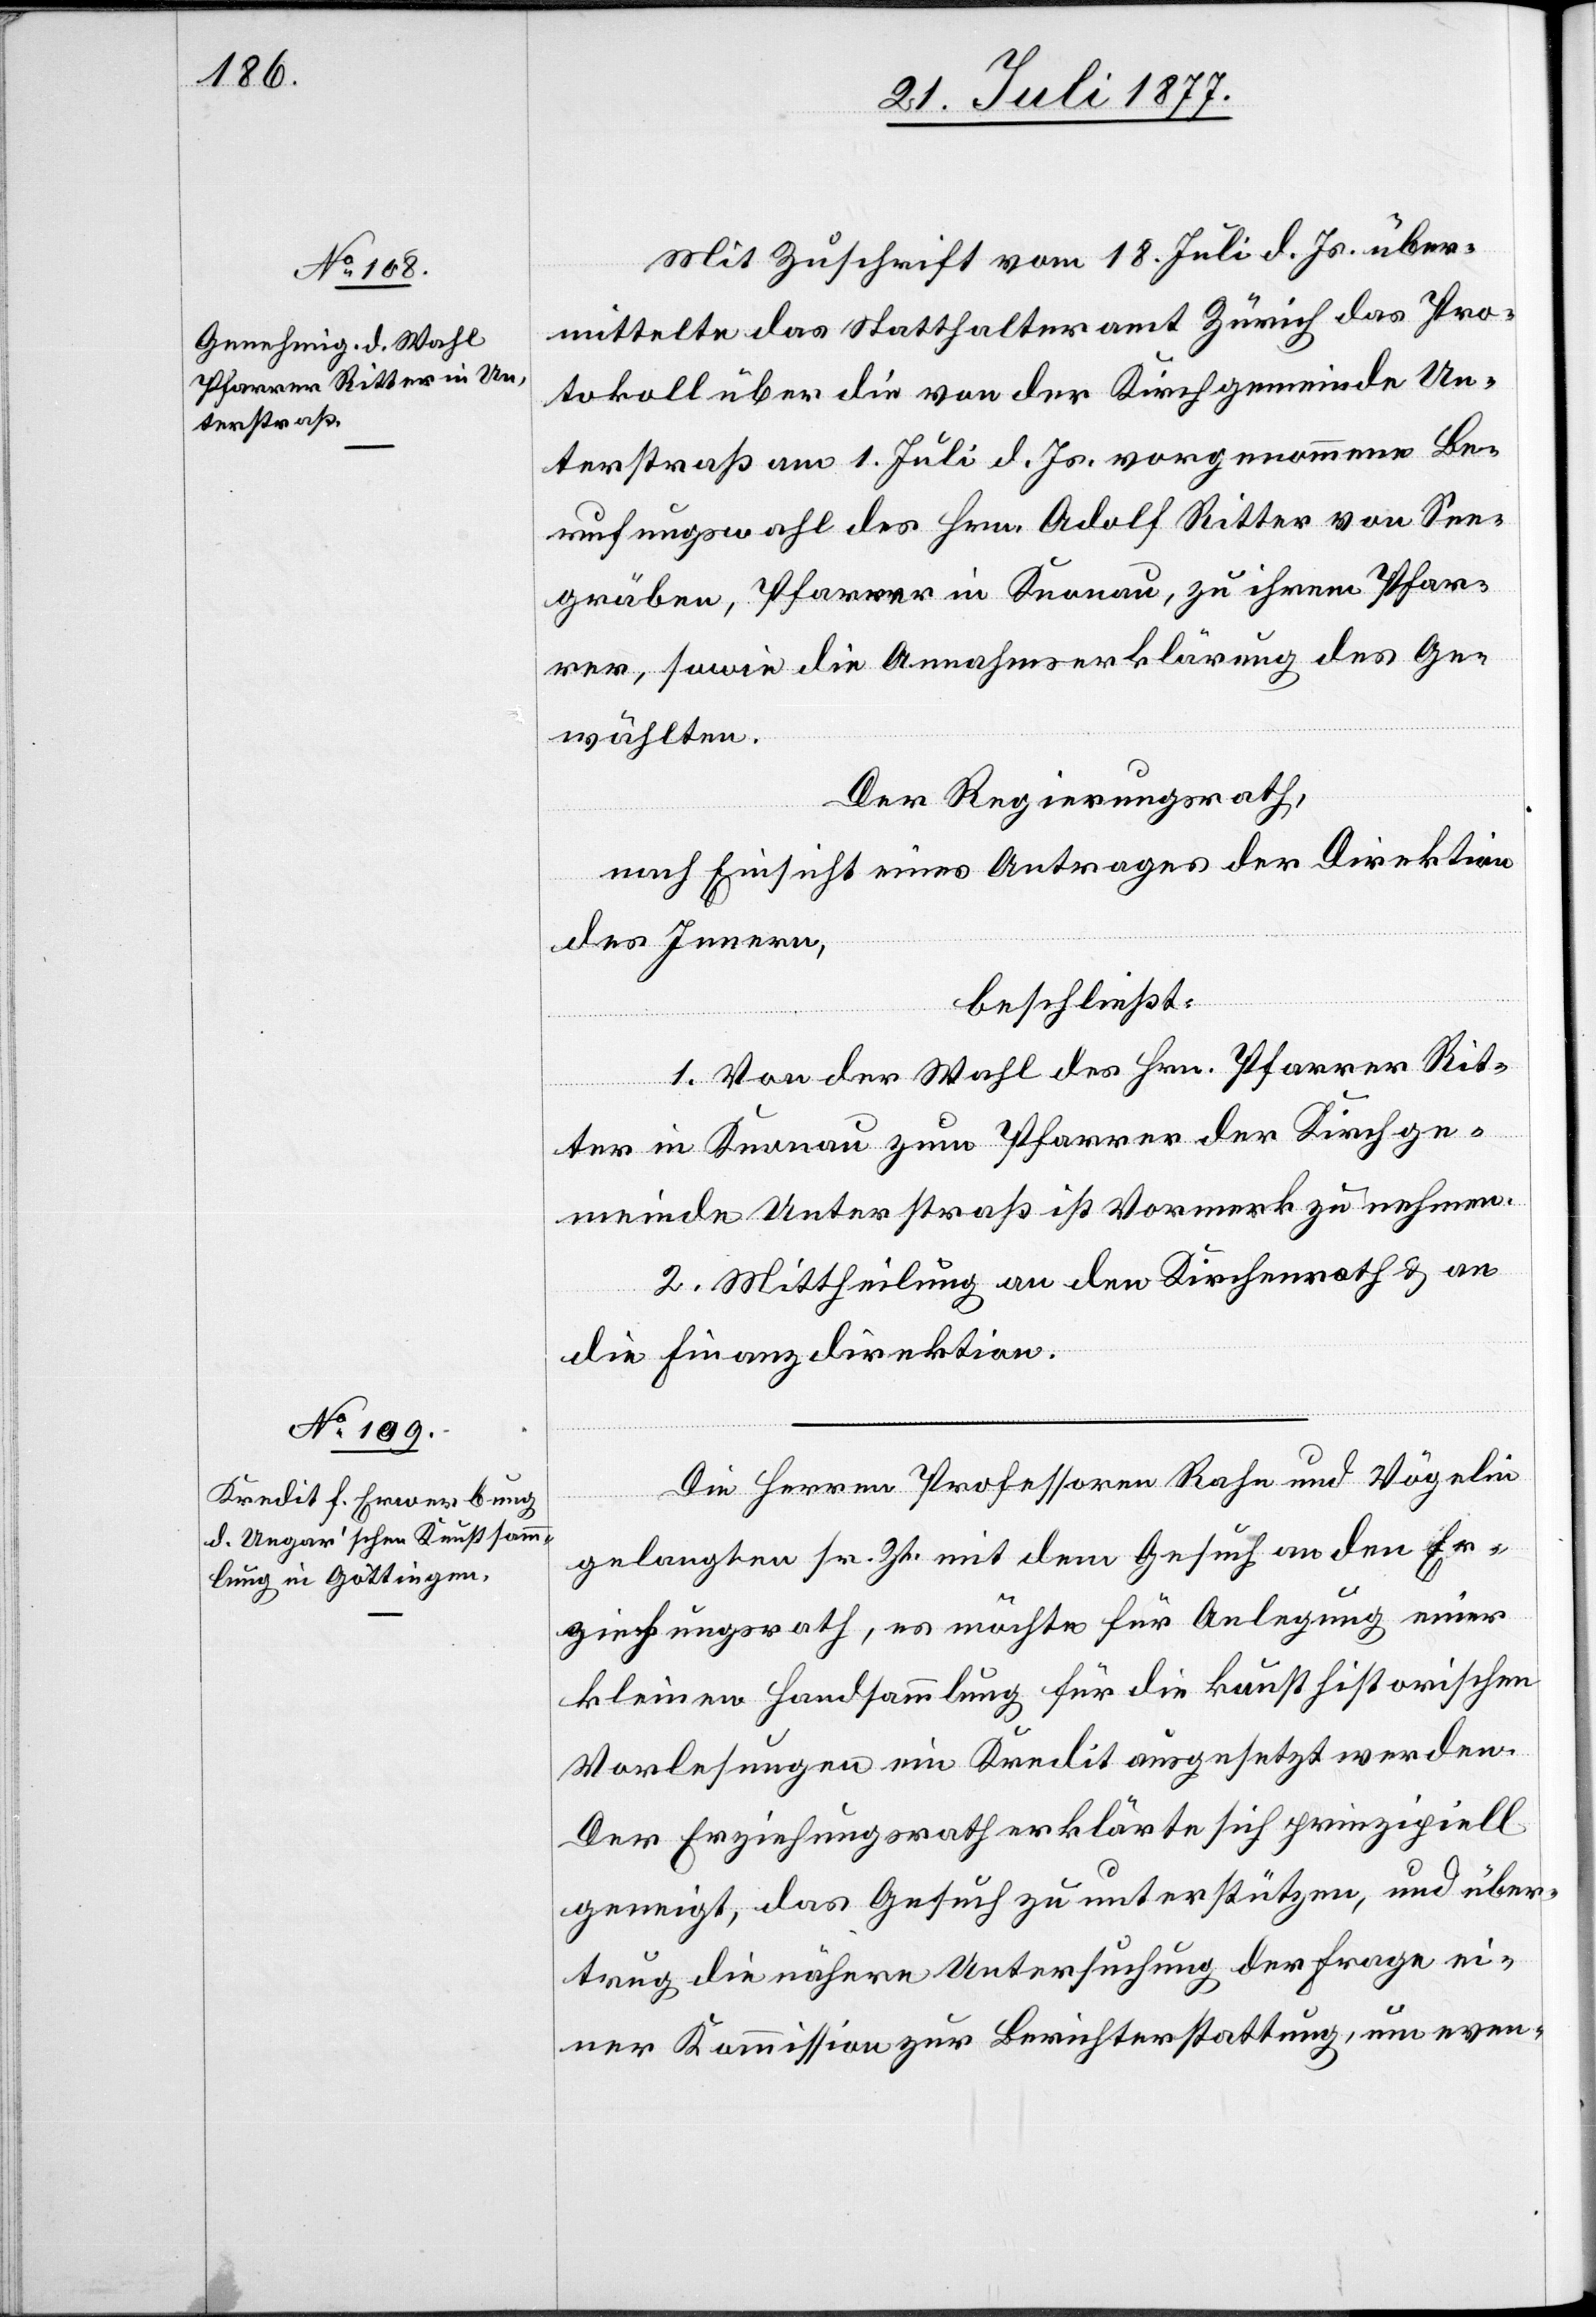
Mit Zuschrift vom 18. Juli d. Js. über¬
mittelte das Statthalteramt Zürich das Pro¬
tokoll über die von der Kirchgemeinde Un¬
terstraß am 1. Juli d. Js. vorgenommene Be¬
rufungswahl des Hrn. Adolf Ritter von See¬
gräben, Pfarrer in Knonau, zu ihrem Pfar¬
rer, sowie die Annahmserklärung des Ge¬
wählten.
Der Regierungsrath,
nach Einsicht eines Antrages der Direktion
des Innern,
beschließt:
1. Von der Wahl des Hrn. Pfarrer Rit¬
ter in Knonau zum Pfarrer der Kirchge¬
meinde Unterstraß ist Vormerk zu nehmen.
2. Mittheilung an den Kirchenrath & an
die Finanzdirektion.
Die Herren Professoren Rahn und Vögelin
gelangten sr. Zt. mit dem Gesuch an den Er¬
ziehungsrath, es möchte für Anlegung einer
kleinen Handsammlung für die kunsthistorischen
Vorlesungen ein Kredit ausgesetzt werden.
Der Erziehungsrath erklärte sich prinzipiell
geneigt, das Gesuch zu unterstützen, und über¬
trug die nähere Untersuchung der Frage ei¬
ner Kommission zur Berichterstattung, um even-